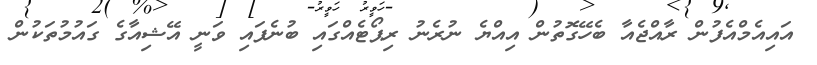
އައިއެމްއެފުން ރާއްޖެއާ ބެހޭގޮތުން އިއްޔެ ނުރެނު ރިޕޯޓެއްގައި ބުނެފައި ވަނީ އޭޝިއާގެ ގައުމުތަކުން